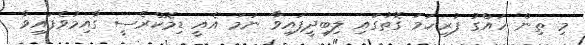
މި ތިން ހައްގު ފުރިހަމަ ގޮތުގައި ލިބިދީފައިވާ ނަމަ އެއީ ޑިމޮކްރެސީ ގާއިމުވެފައިވާ